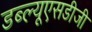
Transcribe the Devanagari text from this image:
डब्ल्यूएसडीजी